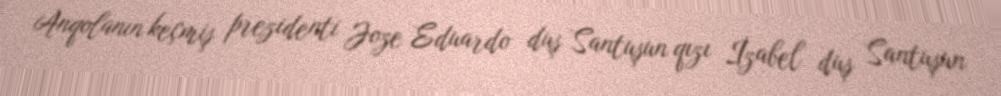
Anqolanın keçmiş prezidenti Joze Eduardo duş Santuşun qızı İzabel duş Santuşun